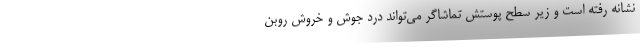
نشانه رفته است و زیر سطح پوستش تماشاگر می‌تواند درد جوش و خروش روبن